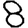
Digit: 8